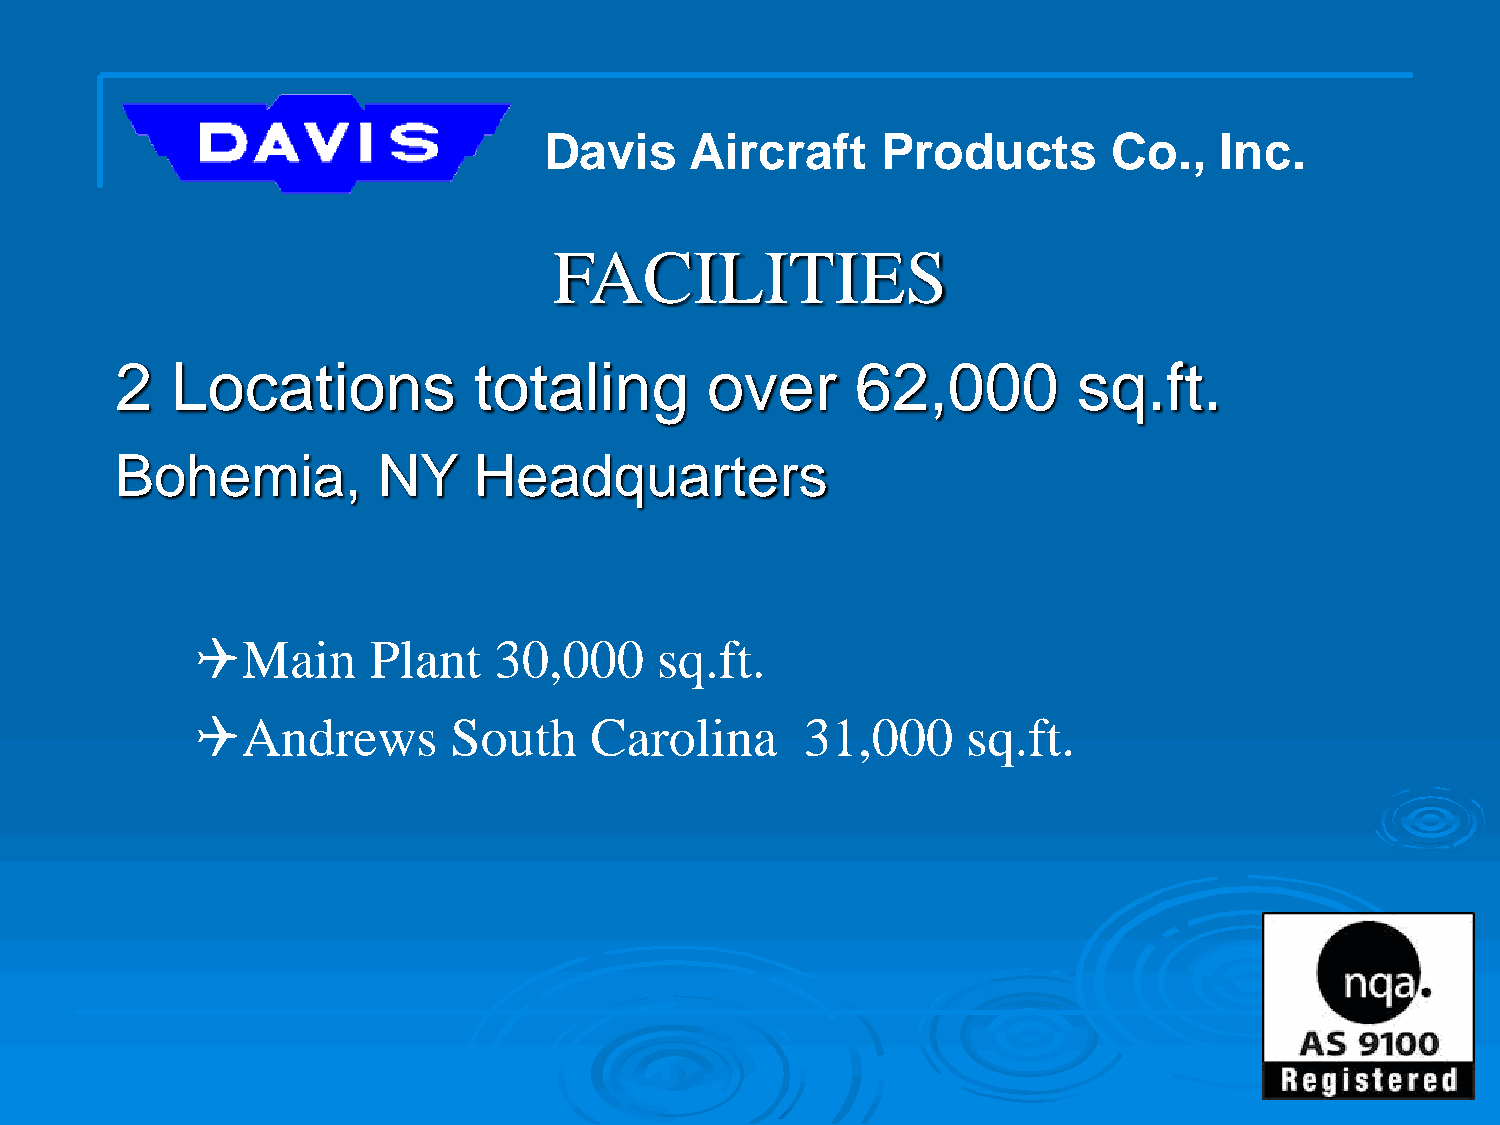
Davis     Aircraft    Products        Co.,   Inc.
 FACILITIES
 2  Locations           totaling        over      62,000        sq.ft.
 Bohemia,         NY    Headquarters
 Main      Plant    30,000    sq.ft.
 Andrews         South    Carolina      31,000     sq.ft.